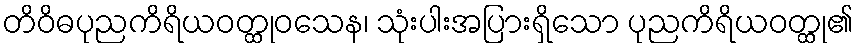
တိဝိဓပုညကိရိယဝတ္ထုဝသေန၊ သုံးပါးအပြားရှိသော ပုညကိရိယဝတ္ထု၏